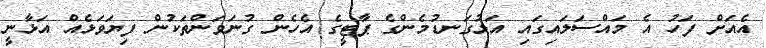
އެއަށް ފަހު އެ މައްސަލައިގައި އަޅުގަނޑުމެންގެ ޕާޓީގެ އެހެން ގުނަވަންތަކުން ފިޔަވަޅެއް އަޅާނީ